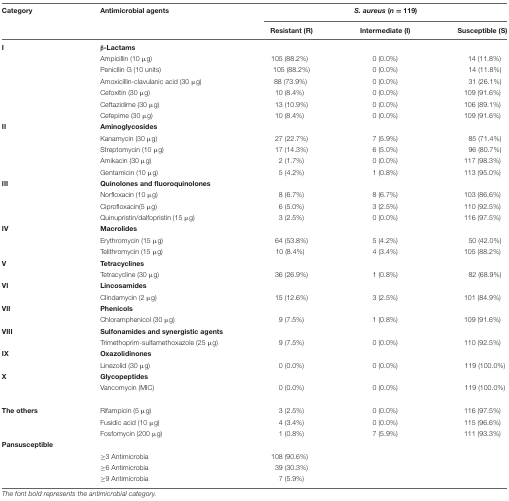
<table><thead><tr><td><b>Category</b></td><td><b>Antimicrobial agents</b></td><td colspan="3"><b><i>S. aureus</i> (<i>n</i> = 119)</b></td></tr><tr><td></td><td></td><td><b>Resistant (R)</b></td><td><b>Intermediate (I)</b></td><td><b>Susceptible (S)</b></td></tr></thead><tbody><tr><td><b>I</b></td><td><b>β-Lactams</b></td><td></td><td></td><td></td></tr><tr><td></td><td>Ampicillin (10 μg)</td><td>105 (88.2%)</td><td>0 (0.0%)</td><td>14 (11.8%)</td></tr><tr><td></td><td>Penicllin G (10 units)</td><td>105 (88.2%)</td><td>0 (0.0%)</td><td>14 (11.8%)</td></tr><tr><td></td><td>Amoxicillin-clavulanic acid (30 μg)</td><td>88 (73.9%)</td><td>0 (0.0%)</td><td>31 (26.1%)</td></tr><tr><td></td><td>Cefoxitin (30 μg)</td><td>10 (8.4%)</td><td>0 (0.0%)</td><td>109 (91.6%)</td></tr><tr><td></td><td>Ceftazidime (30 μg)</td><td>13 (10.9%)</td><td>0 (0.0%)</td><td>106 (89.1%)</td></tr><tr><td></td><td>Cefepime (30 μg)</td><td>10 (8.4%)</td><td>0 (0.0%)</td><td>109 (91.6%)</td></tr><tr><td><b>II</b></td><td><b>Aminoglycosides</b></td><td></td><td></td><td></td></tr><tr><td></td><td>Kanamycin (30 μg)</td><td>27 (22.7%)</td><td>7 (5.9%)</td><td>85 (71.4%)</td></tr><tr><td></td><td>Streptomycin (10 μg)</td><td>17 (14.3%)</td><td>6 (5.0%)</td><td>96 (80.7%)</td></tr><tr><td></td><td>Amikacin (30 μg)</td><td>2 (1.7%)</td><td>0 (0.0%)</td><td>117 (98.3%)</td></tr><tr><td></td><td>Gentamicin (10 μg)</td><td>5 (4.2%)</td><td>1 (0.8%)</td><td>113 (95.0%)</td></tr><tr><td><b>III</b></td><td><b>Quinolones and fluoroquinolones</b></td><td></td><td></td><td></td></tr><tr><td></td><td>Norfloxacin (10 μg)</td><td>8 (6.7%)</td><td>8 (6.7%)</td><td>103 (86.6%)</td></tr><tr><td></td><td>Ciprofloxacin(5 μg)</td><td>6 (5.0%)</td><td>3 (2.5%)</td><td>110 (92.5%)</td></tr><tr><td></td><td>Quinupristin/dalfopristin (15 μg)</td><td>3 (2.5%)</td><td>0 (0.0%)</td><td>116 (97.5%)</td></tr><tr><td><b>IV</b></td><td><b>Macrolides</b></td><td></td><td></td><td></td></tr><tr><td></td><td>Erythromycin (15 μg)</td><td>64 (53.8%)</td><td>5 (4.2%)</td><td>50 (42.0%)</td></tr><tr><td></td><td>Telithromycin (15 μg)</td><td>10 (8.4%)</td><td>4 (3.4%)</td><td>105 (88.2%)</td></tr><tr><td><b>V</b></td><td><b>Tetracyclines</b></td><td></td><td></td><td></td></tr><tr><td></td><td>Tetracycline (30 μg)</td><td>36 (26.9%)</td><td>1 (0.8%)</td><td>82 (68.9%)</td></tr><tr><td><b>VI</b></td><td><b>Lincosamides</b></td><td></td><td></td><td></td></tr><tr><td></td><td>Clindamycin (2 μg)</td><td>15 (12.6%)</td><td>3 (2.5%)</td><td>101 (84.9%)</td></tr><tr><td><b>VII</b></td><td><b>Phenicols</b></td><td></td><td></td><td></td></tr><tr><td></td><td>Chloramphenicol (30 μg)</td><td>9 (7.5%)</td><td>1 (0.8%)</td><td>109 (91.6%)</td></tr><tr><td><b>VIII</b></td><td><b>Sulfonamides and synergistic agents</b></td><td></td><td></td><td></td></tr><tr><td></td><td>Trimethoprim-sulfamethoxazole (25 μg)</td><td>9 (7.5%)</td><td>0 (0.0%)</td><td>110 (92.5%)</td></tr><tr><td><b>IX</b></td><td><b>Oxazolidinones</b></td><td></td><td></td><td></td></tr><tr><td></td><td>Linezolid (30 μg)</td><td>0 (0.0%)</td><td>0 (0.0%)</td><td>119 (100.0%)</td></tr><tr><td><b>X</b></td><td><b>Glycopeptides</b></td><td></td><td></td><td></td></tr><tr><td></td><td>Vancomycin (MIC)</td><td>0 (0.0%)</td><td>0 (0.0%)</td><td>119 (100.0%)</td></tr><tr><td><b>The others</b></td><td>Rifampicin (5 μg)</td><td>3 (2.5%)</td><td>0 (0.0%)</td><td>116 (97.5%)</td></tr><tr><td></td><td>Fusidic acid (10 μg)</td><td>4 (3.4%)</td><td>0 (0.0%)</td><td>115 (96.6%)</td></tr><tr><td></td><td>Fosfomycin (200 μg)</td><td>1 (0.8%)</td><td>7 (5.9%)</td><td>111 (93.3%)</td></tr><tr><td><b>Pansusceptible</b></td><td></td><td></td><td></td><td></td></tr><tr><td></td><td>≥3 Antimicrobia</td><td>108 (90.6%)</td><td></td><td></td></tr><tr><td></td><td>≥6 Antimicrobia</td><td>39 (30.3%)</td><td></td><td></td></tr><tr><td></td><td>≥9 Antimicrobia</td><td>7 (5.9%)</td><td></td><td></td></tr></tbody></table>